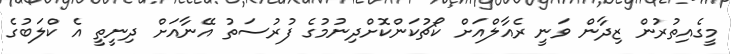
މީގެއިތުރުން ޒިދާން ވަނީ ރެއާލްއަށް ކޯޗުކަންކޮށްދިނުމުގެ ފުރުސަތު އޭނާއަށް ދިނީތީ އެ ކްލަބުގެ